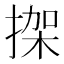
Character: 𢱌